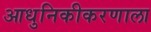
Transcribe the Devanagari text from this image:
आधुनिकीकरणाला